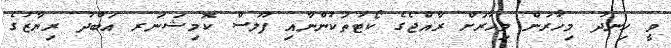
ވީ ހިނދު މިހާރުން މިހާރަށް ރާއްޖެގެ ކޯޓުތަކުންނާއި ފުލުސް ކޮމިޝަނަރ އަބްދު ރިޔާޒުގެ